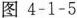
图4-1-5